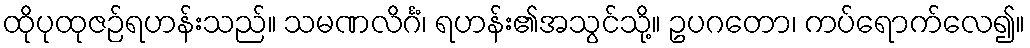
ထိုပုထုဇဉ်ရဟန်းသည်။ သမဏလိင်္ဂံ၊ ရဟန်း၏အသွင်သို့။ ဥပဂတော၊ ကပ်ရောက်လေ၍။